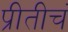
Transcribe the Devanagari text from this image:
प्रीतीचं